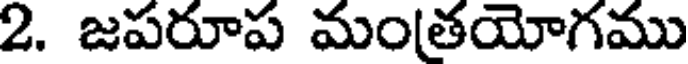
2. జపరూప మంతయోగము